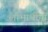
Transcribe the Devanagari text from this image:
लाभार्थींना